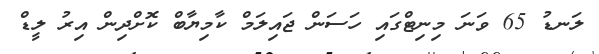
ލަނޑު 65 ވަނަ މިނިޓްގައި ހަސަން ޖައިލަމް ކާމިޔާބް ކޮށްދިން އިރު ލީޑް